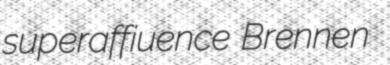
superaffiuence Brennen